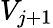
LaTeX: V_{j+1}